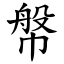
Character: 幋